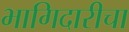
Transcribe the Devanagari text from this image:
भागिदारीचा